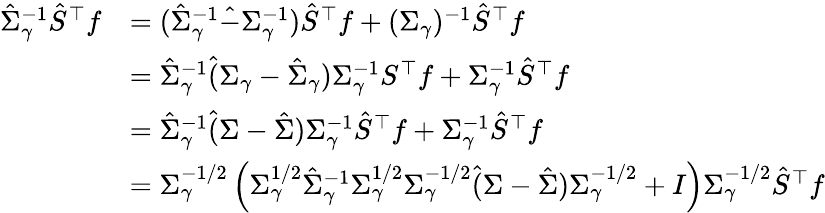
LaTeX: \begin{array}{rl}{\hat{\Sigma}_{\gamma}^{-1}\hat{S}^{\top}f}&{=(\hat{\Sigma}_{\gamma}^{-1}\hat{-}\Sigma_{\gamma}^{-1})\hat{S}^{\top}f+(\Sigma_{\gamma})^{-1}\hat{S}^{\top}f}\\ &{=\hat{\Sigma}_{\gamma}^{-1}\hat{(}\Sigma_{\gamma}-\hat{\Sigma}_{\gamma})\Sigma_{\gamma}^{-1}S^{\top}f+\Sigma_{\gamma}^{-1}\hat{S}^{\top}f}\\ &{=\hat{\Sigma}_{\gamma}^{-1}\hat{(}\Sigma-\hat{\Sigma})\Sigma_{\gamma}^{-1}\hat{S}^{\top}f+\Sigma_{\gamma}^{-1}\hat{S}^{\top}f}\\ &{=\Sigma_{\gamma}^{-1/2}\left(\Sigma_{\gamma}^{1/2}\hat{\Sigma}_{\gamma}^{-1}\Sigma_{\gamma}^{1/2}\Sigma_{\gamma}^{-1/2}\hat{(}\Sigma-\hat{\Sigma})\Sigma_{\gamma}^{-1/2}+I\right)\Sigma_{\gamma}^{-1/2}\hat{S}^{\top}f}\end{array}